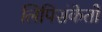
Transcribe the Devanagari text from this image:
लिपिसंकेतों